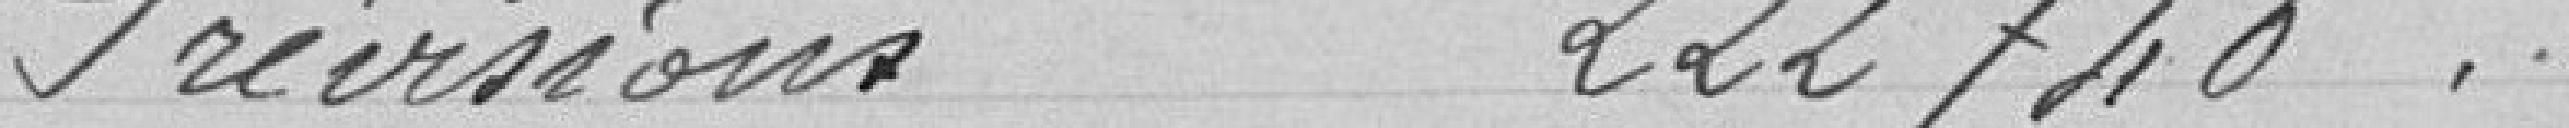
Prévisions 222 740,00